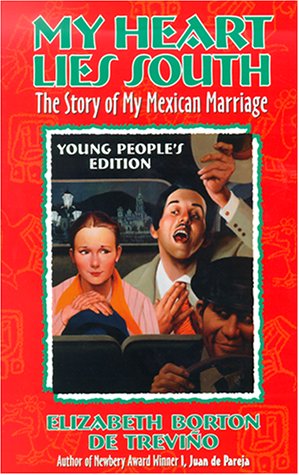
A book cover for My Heart Lies South, Young People's Edition: The Story of My Mexican Marriage (Young Adult); Elizabeth Borton De Trevino; Teen & Young Adult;